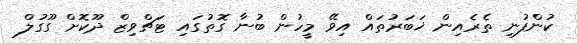
ކުންފުނި ތެރެއިން ޚަބަރުތައް އިވޭ މީހުން ބުނާ ގޮތުގައި ޓަޗްވިޒް ދޫކޮށް ގޫގުލް